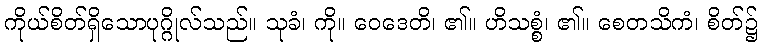
ကိုယ်စိတ်ရှိသောပုဂ္ဂိုလ်သည်။ သုခံ၊ ကို။ ဝေဒေတိ၊ ၏။ ဟိသစ္စံ၊ ၏။ စေတသိကံ၊ စိတ်၌